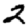
Digit: 2